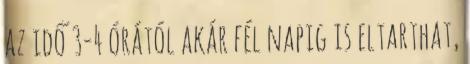
az idő 3-4 órától akár fél napig is eltarthat,